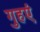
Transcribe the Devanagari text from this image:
गुहएं